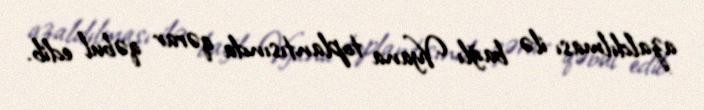
azaldılması ilə bağlı Vyana toplantısında qərar qəbul edib.